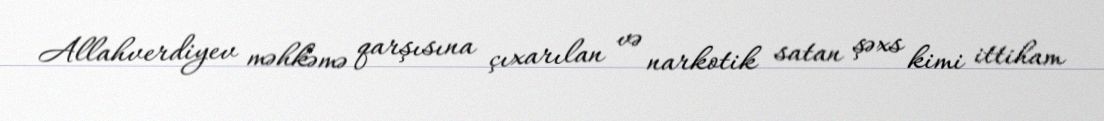
Allahverdiyev məhkəmə qarşısına çıxarılan və narkotik satan şəxs kimi ittiham